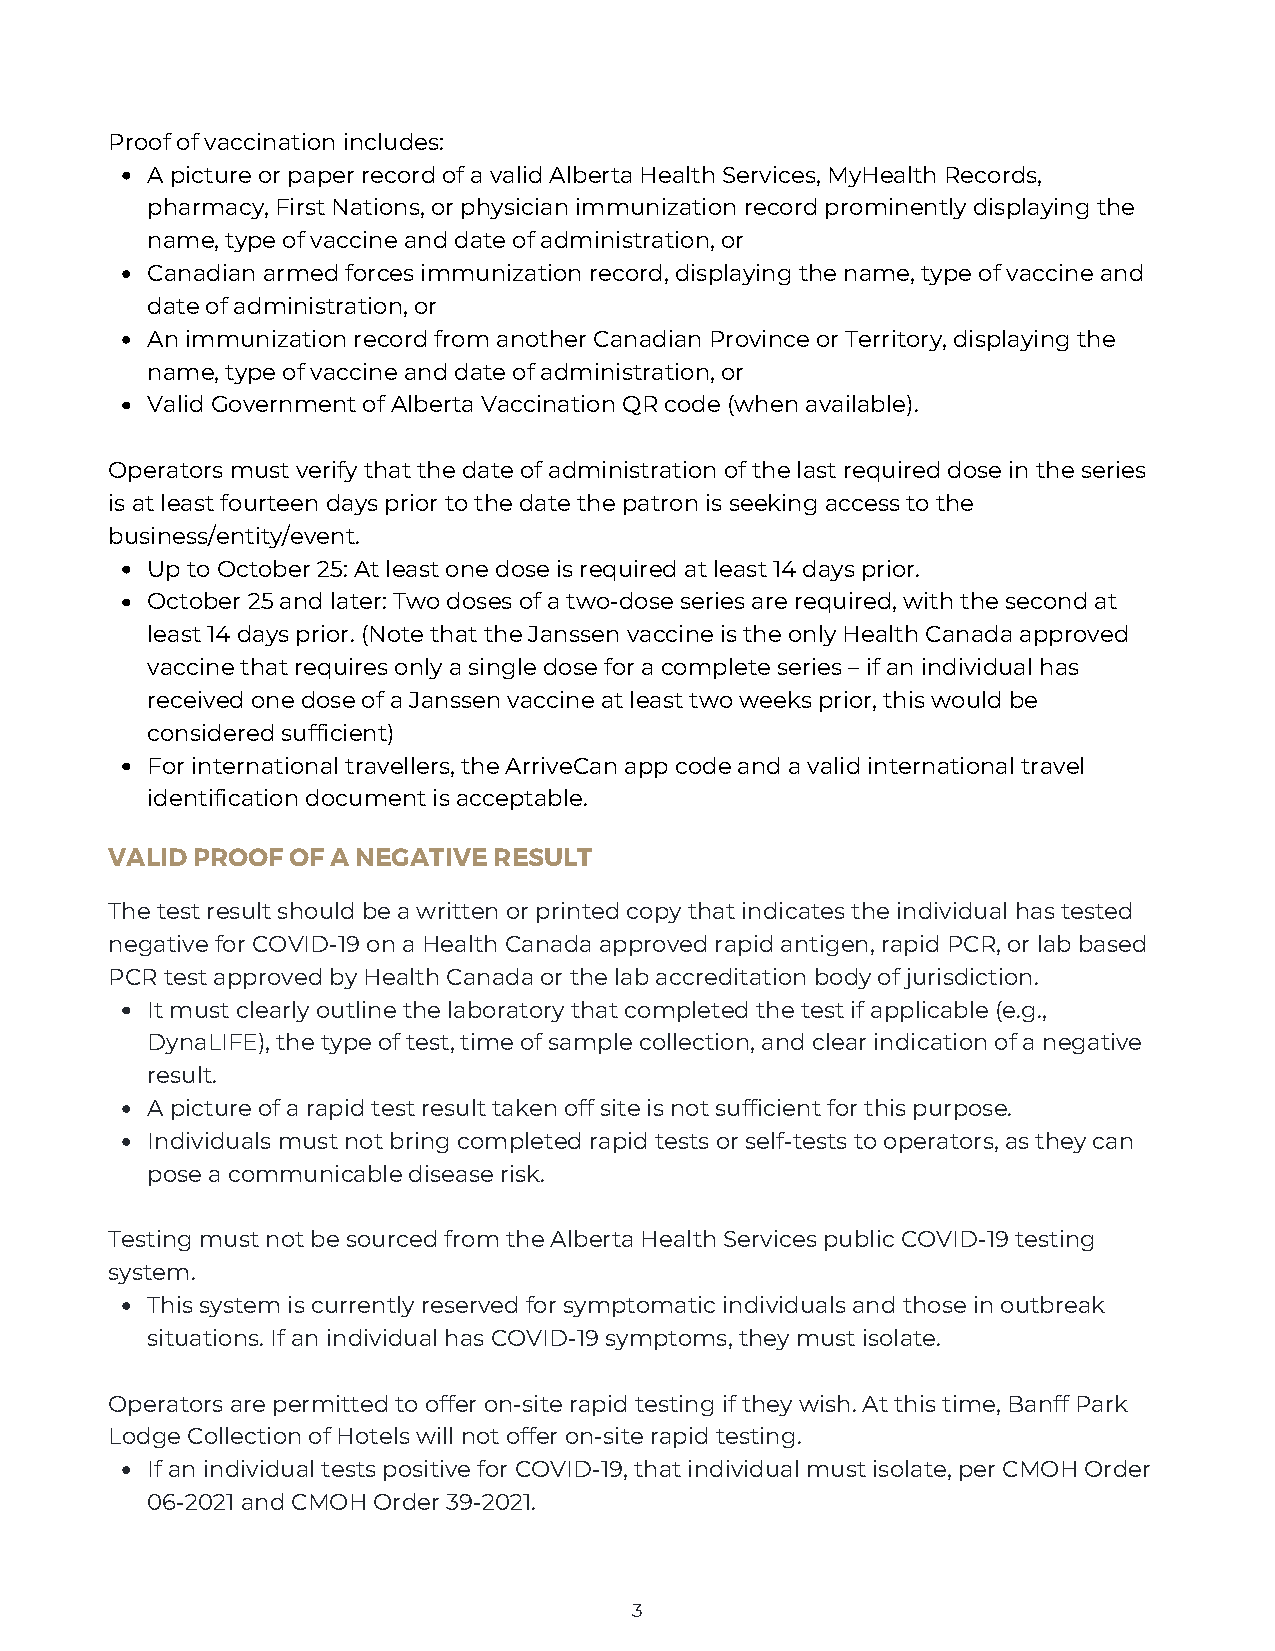
Proof of vaccination includes:
 A picture or paper record of a valid Alberta Health Services, MyHealth Records,
 pharmacy, First Nations, or physician immunization record prominently displaying the
 name, type of vaccine and date of administration, or
 Canadian armed forces immunization record, displaying the name, type of vaccine and
 date of administration, or
 An immunization record from another Canadian Province or Territory, displaying the
 name, type of vaccine and date of administration, or
 Valid Government of Alberta Vaccination QR code (when available).
 Operators must verify that the date of administration of the last required dose in the series
 is at least fourteen days prior to the date the patron is seeking access to the
 business/entity/event.
 Up to October 25: At least one dose is required at least 14 days prior.
 October 25 and later: Two doses of a two-dose series are required, with the second at
 least 14 days prior. (Note that the Janssen vaccine is the only Health Canada approved
 vaccine that requires only a single dose for a complete series – if an individual has
 received one dose of a Janssen vaccine at least two weeks prior, this would be
 considered sufficient)
 For international travellers, the ArriveCan app code and a valid international travel
 identification document is acceptable.
 VALID PROOF OF A NEGATIVE RESULT
 The test result should be a written or printed copy that indicates the individual has tested
 negative for COVID-19 on a Health Canada approved rapid antigen, rapid PCR, or lab based
 PCR test approved by Health Canada or the lab accreditation body of jurisdiction.
 It must clearly outline the laboratory that completed the test if applicable (e.g.,
 DynaLIFE), the type of test, time of sample collection, and clear indication of a negative
 result.
 A picture of a rapid test result taken off site is not sufficient for this purpose.
 Individuals must not bring completed rapid tests or self-tests to operators, as they can
 pose a communicable disease risk.
 Testing must not be sourced from the Alberta Health Services public COVID-19 testing
 system.
 This system is currently reserved for symptomatic individuals and those in outbreak
 situations. If an individual has COVID-19 symptoms, they must isolate.
 Operators are permitted to offer on-site rapid testing if they wish. At this time, Banff Park
 Lodge Collection of Hotels will not offer on-site rapid testing.
 If an individual tests positive for COVID-19, that individual must isolate, per CMOH Order
 06-2021 and CMOH Order 39-2021.
 3